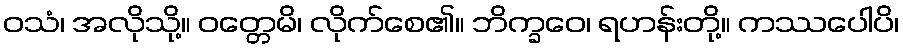
ဝသံ၊ အလိုသို့။ ဝတ္တေမိ၊ လိုက်စေ၏။ ဘိက္ခဝေ၊ ရဟန်းတို့။ ကဿပေါပိ၊